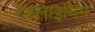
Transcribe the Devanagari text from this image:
रेडलाइनिंग